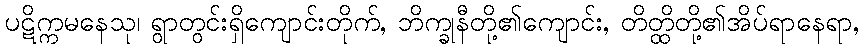
ပဋိက္ကမနေသု၊ ရွာတွင်းရှိကျောင်းတိုက်, ဘိက္ခုနီတို့၏ကျောင်း, တိတ္ထိတို့၏အိပ်ရာနေရာ,